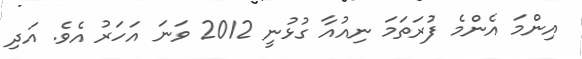
އިންމަ އެންމެ ފުރަތަމަ ނިއުއާ ގުޅުނީ 2012 ވަނަ އަހަރު އެވެ. އަދި